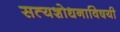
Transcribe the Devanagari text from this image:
सत्यशोधनाविषयी